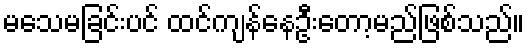
မသေမခြင်းပင် ထင်ကျန်နေဦးတော့မည်ဖြစ်သည်။